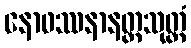
နောဖဿနာနတ္တသုတ္တံ